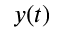
y ( t )